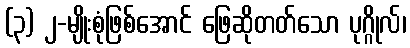
(၃) ၂-မျိုးစုံဖြစ်အောင် ဖြေဆိုတတ်သော ပုဂ္ဂိုလ်၊